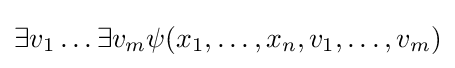
\exists v_{1}\dots \exists v_{m}\psi (x_{1},\dots ,x_{n},v_{1},\dots ,v_{m})